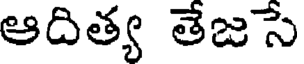
ఆదిత్య తేజసే